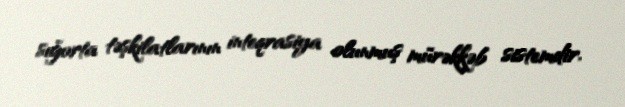
sığorta təşkilatlarının inteqrasiya olunmuş mürəkkəb sistemdir.